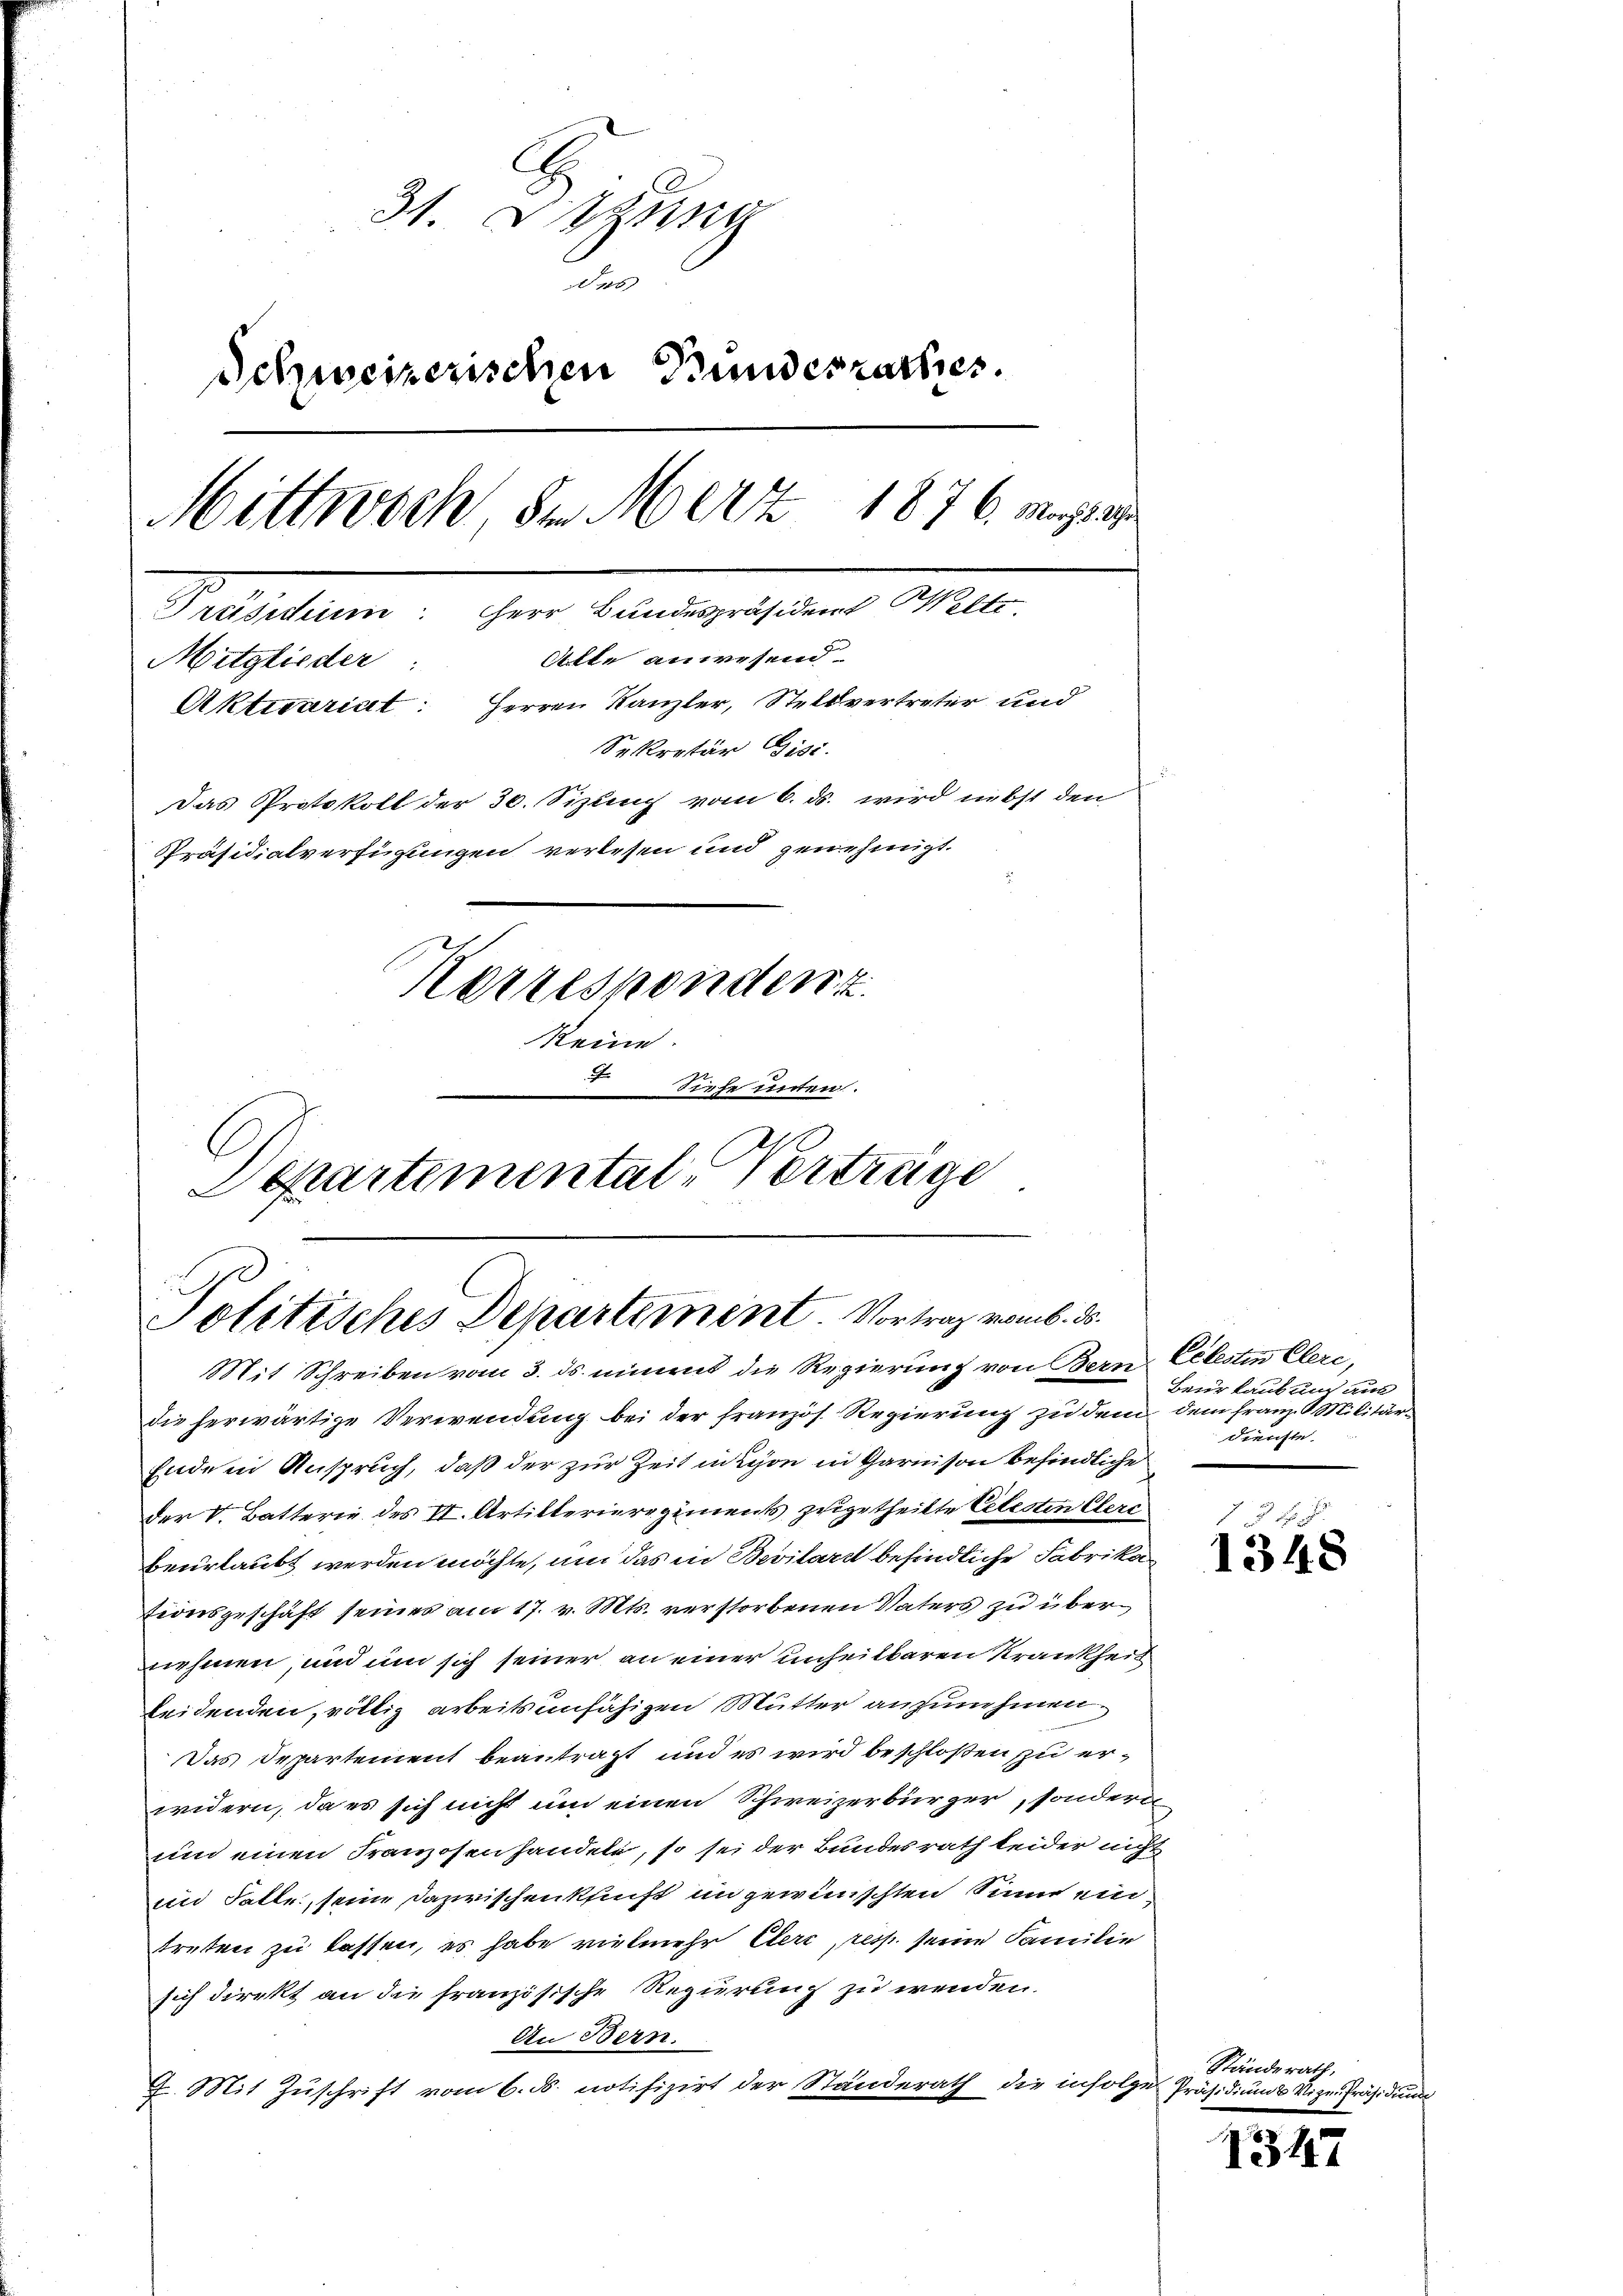
31. Jung
des
Schweizerischen Bundesrathes.
Mittwoch den Merz 1876. Mayser
5
Alte anwesend
Mitglieder:
Aktuariat: Herren Kanzler, Stellvertreter und
Sekretär Gisi
Das Protokoll der 30. Sizung vom 6. ds. wird nebst den
Präsidialverfügungen verlesen und genehmigt.
Korrespondent
keine
Siefe unten.

C
Departemental-Vertrüge
Politisches Departement Vortrag vom 6. ds.
Mit Schreiben vom 3. ds. niment die Regierung von Bern Celestin Clere,

die herwärtige Verwendung bei der französ. Regierung zu dem dem Franz. 9 Militär¬
Endem Anspruch, daß der zur Zeit non in Garnison befindliche
der V. Batterie des II. Artillerieregiments zugetheilte Celesten Clerc
beurlaubt werden möchte, um das in Bevilard befindliche Fabrikationsgeschäft seines am 17. v. Mts. verstorbenen Vaters zu übernehmen, und um sich seiner an einer unheilbaren Krankheit
leidenden, völlig arbeitsunfähigen Mutter anzunehmen.
Das Departement beantragt und es wird beschloßen zu erwidern, da es sich nicht um einen Schweizerbürger, sondern
und einen Franzosenhandele, so sei der Bundesrath leider nicht
uin Falle, seine dazwischenkunft in gewünschten Sinne eintreten zu lassen, es habe vielmehr Elere, resp. seine Familie
sich direkt an die französische Regierung zu wenden.
An Bern.
7. Mit Zuschrift vom 6. ds. notifizirt der Ständerath die infolge Präsidium u Vize-Präsidium

Beurlaubung aus
dienste.

1348

Ständerath,

1347